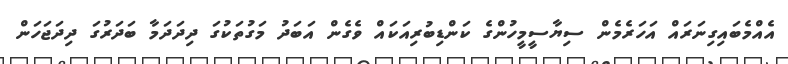
އެއްމެބައިގިނަރައް އަހަރެމެން ސިޔާސީމީހުންގެ ކަންޑިބުރިއަކައް ވެގެން އަބަދު މަގުތަކުގަ ދިދަދަމާ ބަދަރުގަ ދިދަޖަހަން